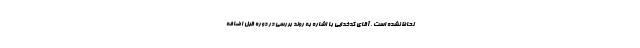
لحاظ نشده است . آقای کدخدایی با اشاره به روند بررسی در دوره قبل اضافه